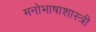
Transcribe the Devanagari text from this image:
मनोभाषाशास्त्री